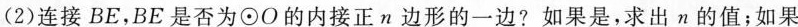
(2)连接BE，BE是否为⊙O的内接正n边形的一边?如果是，求出n的值；如果